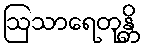
ဩသာရေတုန္တိ